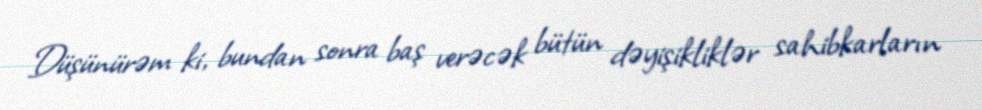
Düşünürəm ki, bundan sonra baş verəcək bütün dəyişikliklər sahibkarların